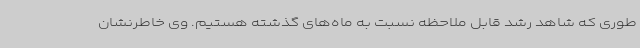
طوری که شاهد رشد قابل ملاحظه نسبت به ماه‌های گذشته هستیم. وی خاطرنشان